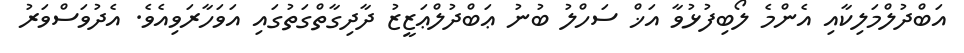
އަބްދުލްމަލިކާއި އެންމެ ލޯބިފުޅުވާ އަޚް ސަހްލު ބުނު ޢަބްދުލްޢަޒީޒު ދާދިގާތްގަތުގައި އަވަހާރަވިއެވެ. އެދުވަސްވަރު